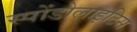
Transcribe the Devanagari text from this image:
स्पोंडोलाइटिस